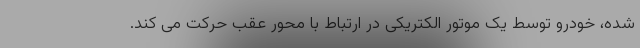
شده، خودرو توسط یک موتور الکتریکی در ارتباط با محور عقب حرکت می کند.